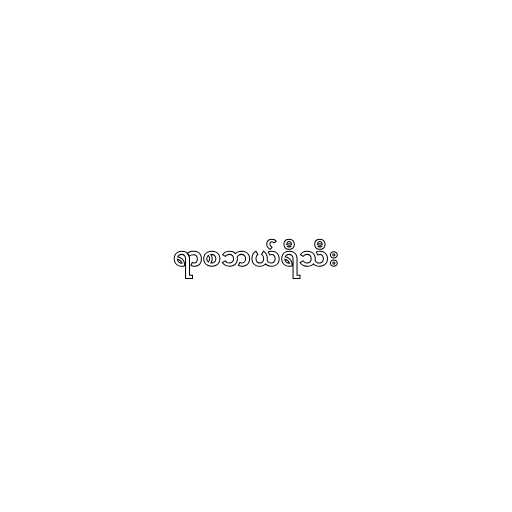
ရာစဘယ်ရီသီး